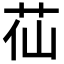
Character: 苮